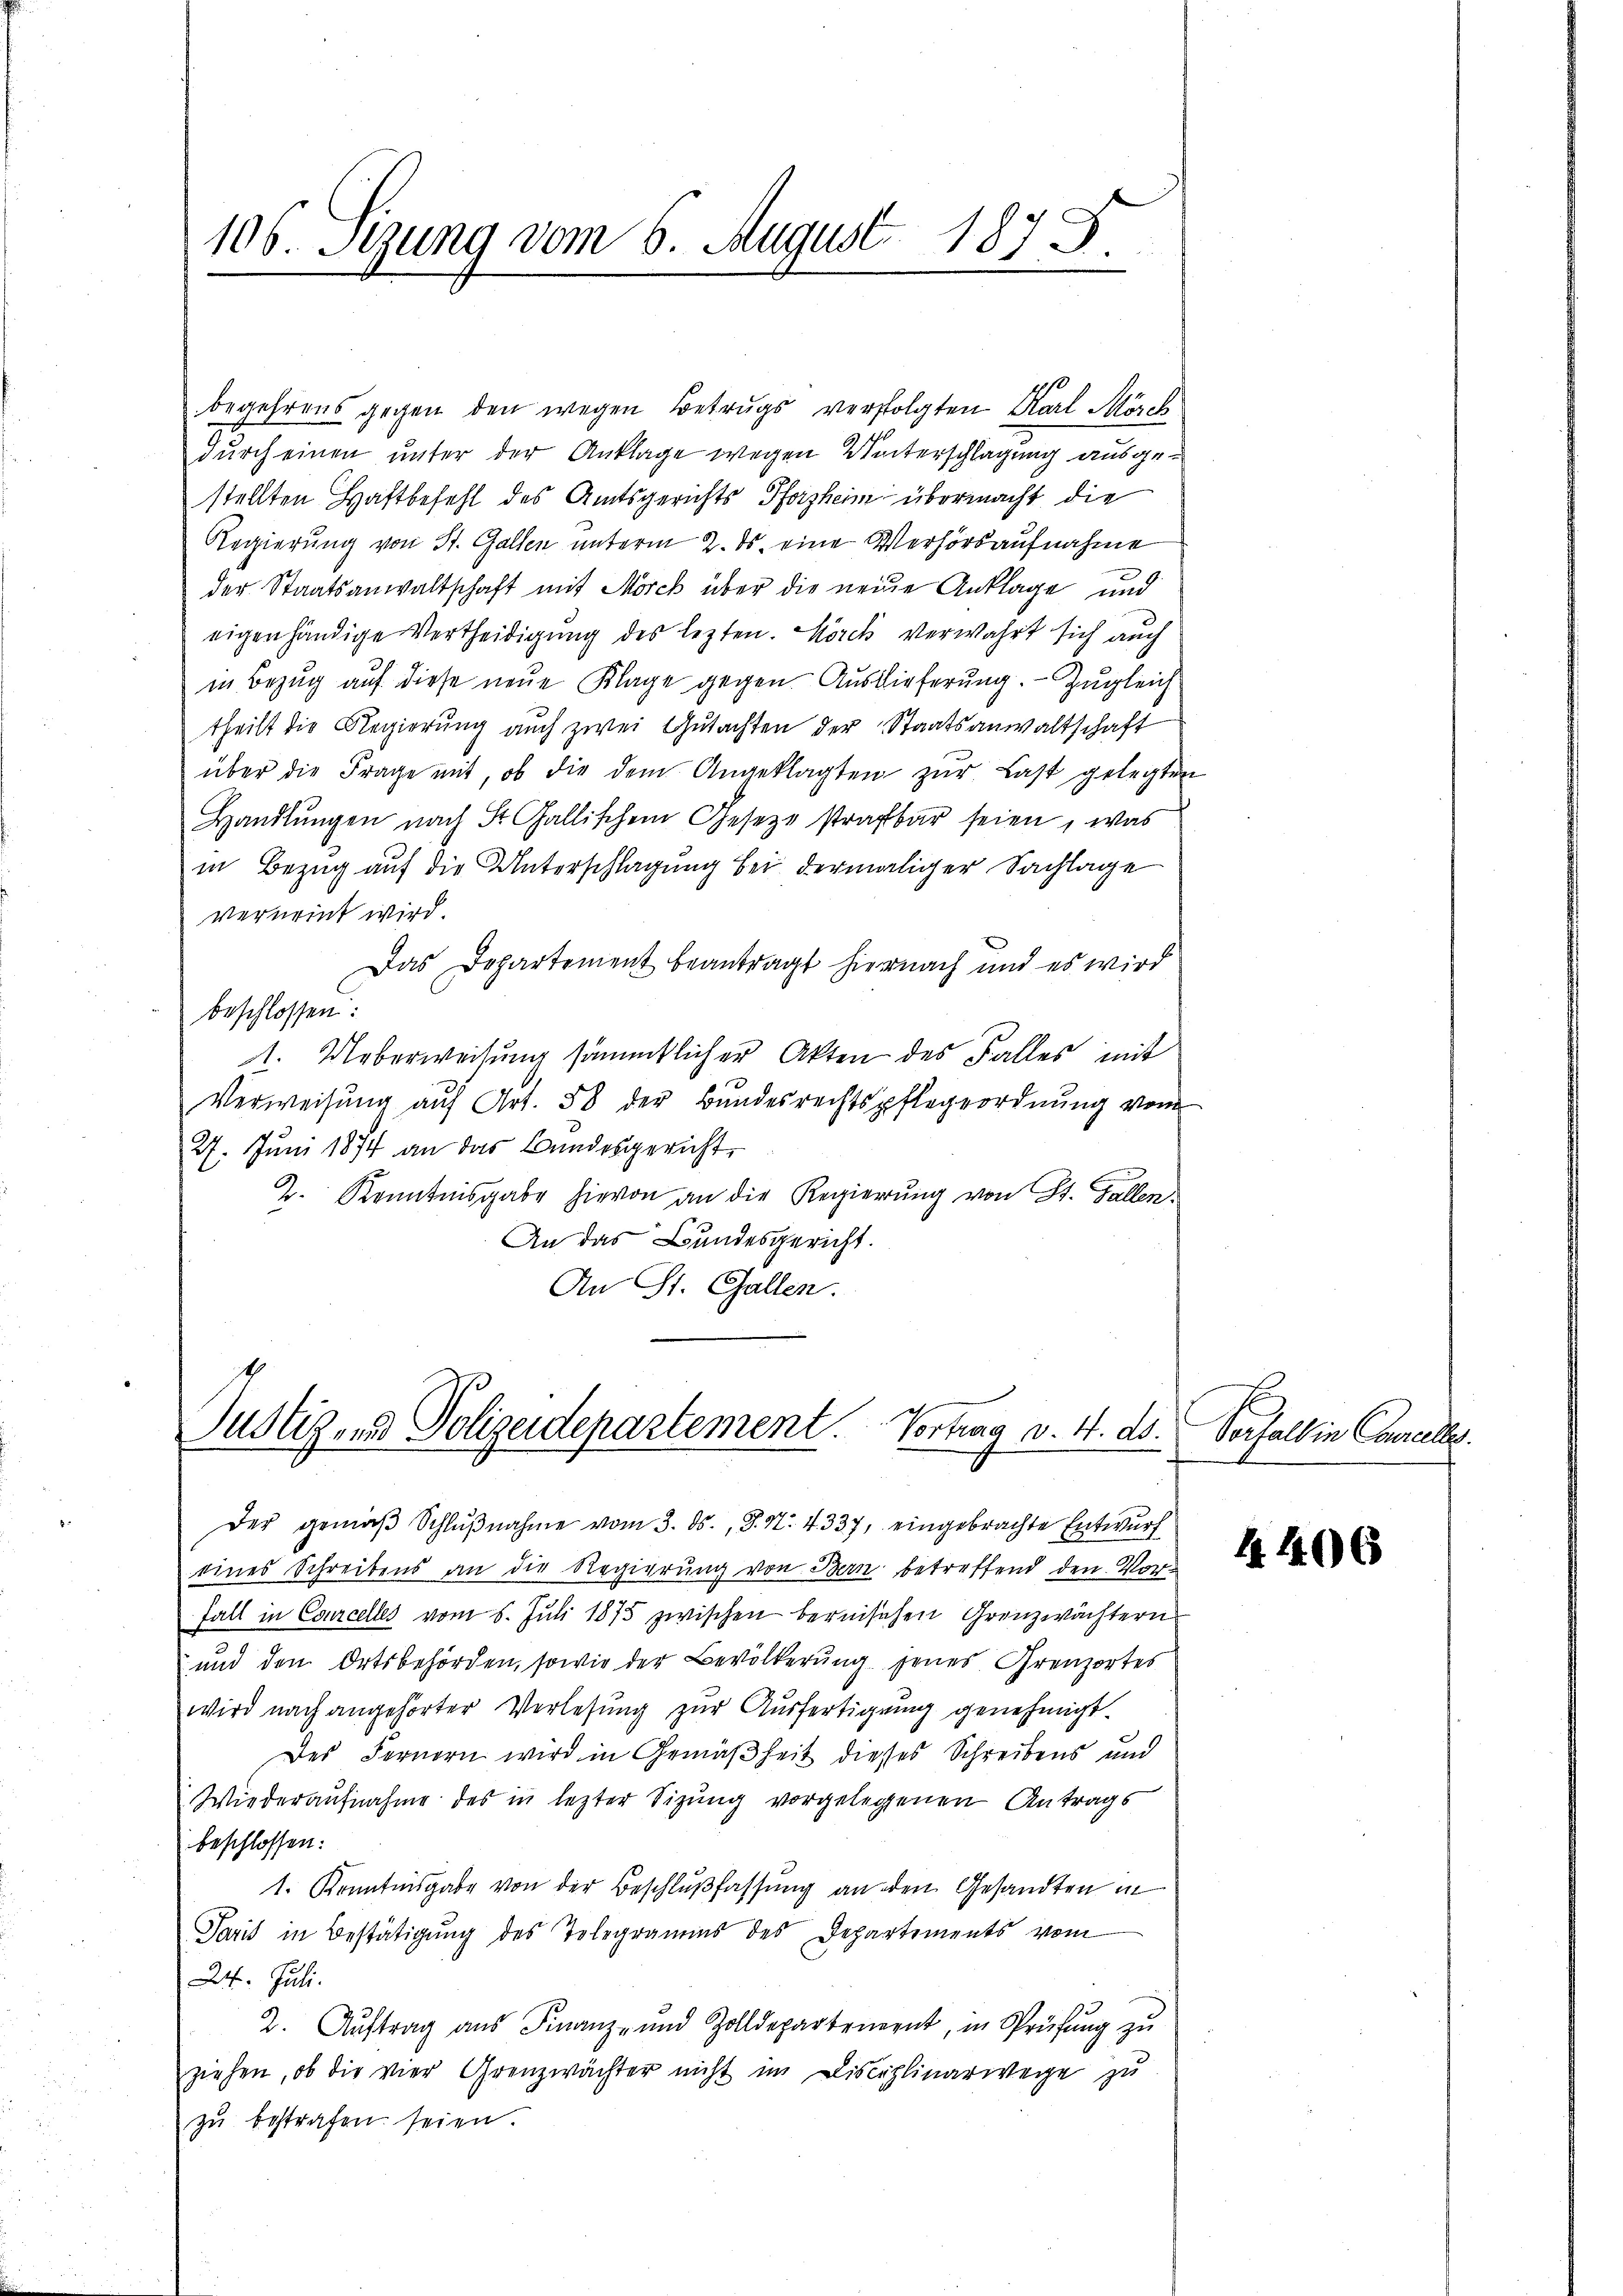
106. Sezung vom 6. August 187 J.

begehrens gegen den wegen Betrugs verfolgten Karl Mörch
durch einen unter der Anklage wegen Unterschlagung ausgestellten Haftbefehl des Amtsgerichts Pforzheim übermacht die
Regierung von St. Gallen unterm 2. ds. eine Verhörsaufnahme
der Staatsanwaltschaft mit Morck über die neue Anklage und
eigenhändige Vertheidigung des lezten. Körck verwahrt sich auch
in Bezug auf diese neue Klage gegen. Auslieferung. - Zugleich
theilt die Regierung auch zwei Gutachten der Staatsanwaltschaft
über die Frage mit, ob die dem Angeklagten zŭr Last gelegten
Handlŭngen nach St. Gallischem Gesetze strafbar seien, was
in Bezug auf die Unterschlagung bei dermaliger Sachlage
verneint wird.
Das Departement beantragt hiernach und es wird
beschlossen:
11. Ueberweisung sämmtlicher Akten des Falles mit
Verweisŭng aŭf Art. 58 der Bundesrechtspflegeordnŭng vom
27. Juni 1874 an das Bundesgericht,
2. Kenntnisgabe hievon an die Regierŭng von St. Gallen.
An das Bundesgericht.
An St. Gallen.

Justiz und Polizeidepartement. Vortrag v. 4. ds.

Wiederaufnahme des in lezter Sitzung vorgelegenen Antrags
beschlossen:
1. Kenntnisgabe von der Beschlußfassung an den Gesandten in
Paris in Bestätigung des Telegramms des Departements vom
24. Juli.
2. Auftrag aus Finanz- und Zolldepartement, in Sprüfung zu
ziehen, ob die vier Grenzwächter nicht im Disciplinarwege zu
zŭ bestrafen seien.

Der gemäβ Schlŭβnahme vom 3. ds., S. N. 4337, eingebrachte Entwurf
eines Schreibens an die Regierung von Bern betreffend den Vor¬
Fall in Courcelles vom 5. Juli 1875 zwischen bernischen Granzwächtern
und den Ortsbehörden, sowie der Bevölkerung jenes Grenzortes
wird nach angehörter Verlesung zur Ausfertigung genehmigt.
Des Fernern wird in Gemäßheit dieses Schreibens und

Verfall in Caereller.

4406